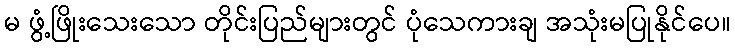
မ ဖွံ့ဖြိုးသေးသော တိုင်းပြည်များတွင် ပုံသေကားချ အသုံးမပြုနိုင်ပေ။